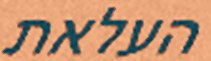
העלאת